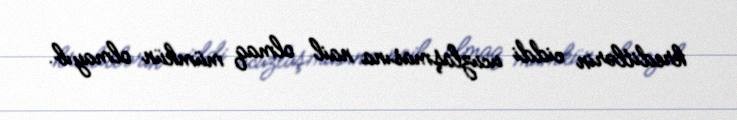
kreditlərin ciddi ucuzlaşmasına nail olmaq mümkün olmayıb.